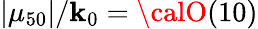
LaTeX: |\mu_{50}|/\mathbf{k}_{0}={\calO}(10)